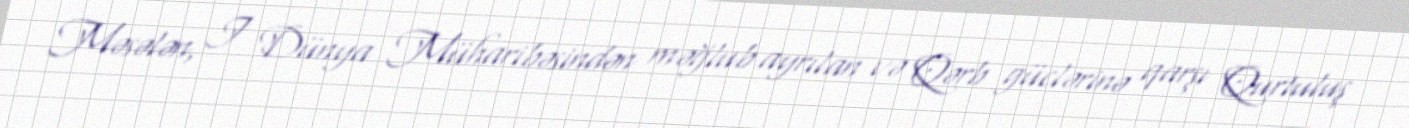
Məsələn, I Dünya Müharibəsindən məğlub ayrılan və Qərb güclərinə qarşı Qurtuluş